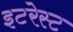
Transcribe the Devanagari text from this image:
इटरेस्‍ट